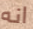
انه